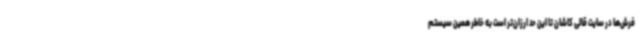
فرش‌ها در سایت قالی کاشان تا این حد ارزان‌تر است به خاطر همین سیستم